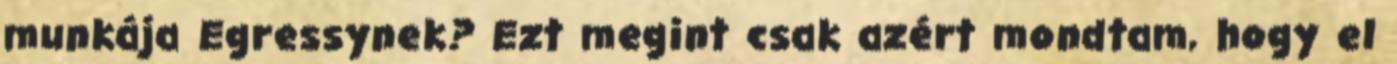
munkája Egressynek? Ezt megint csak azért mondtam, hogy el